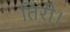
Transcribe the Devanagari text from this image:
तिरी।